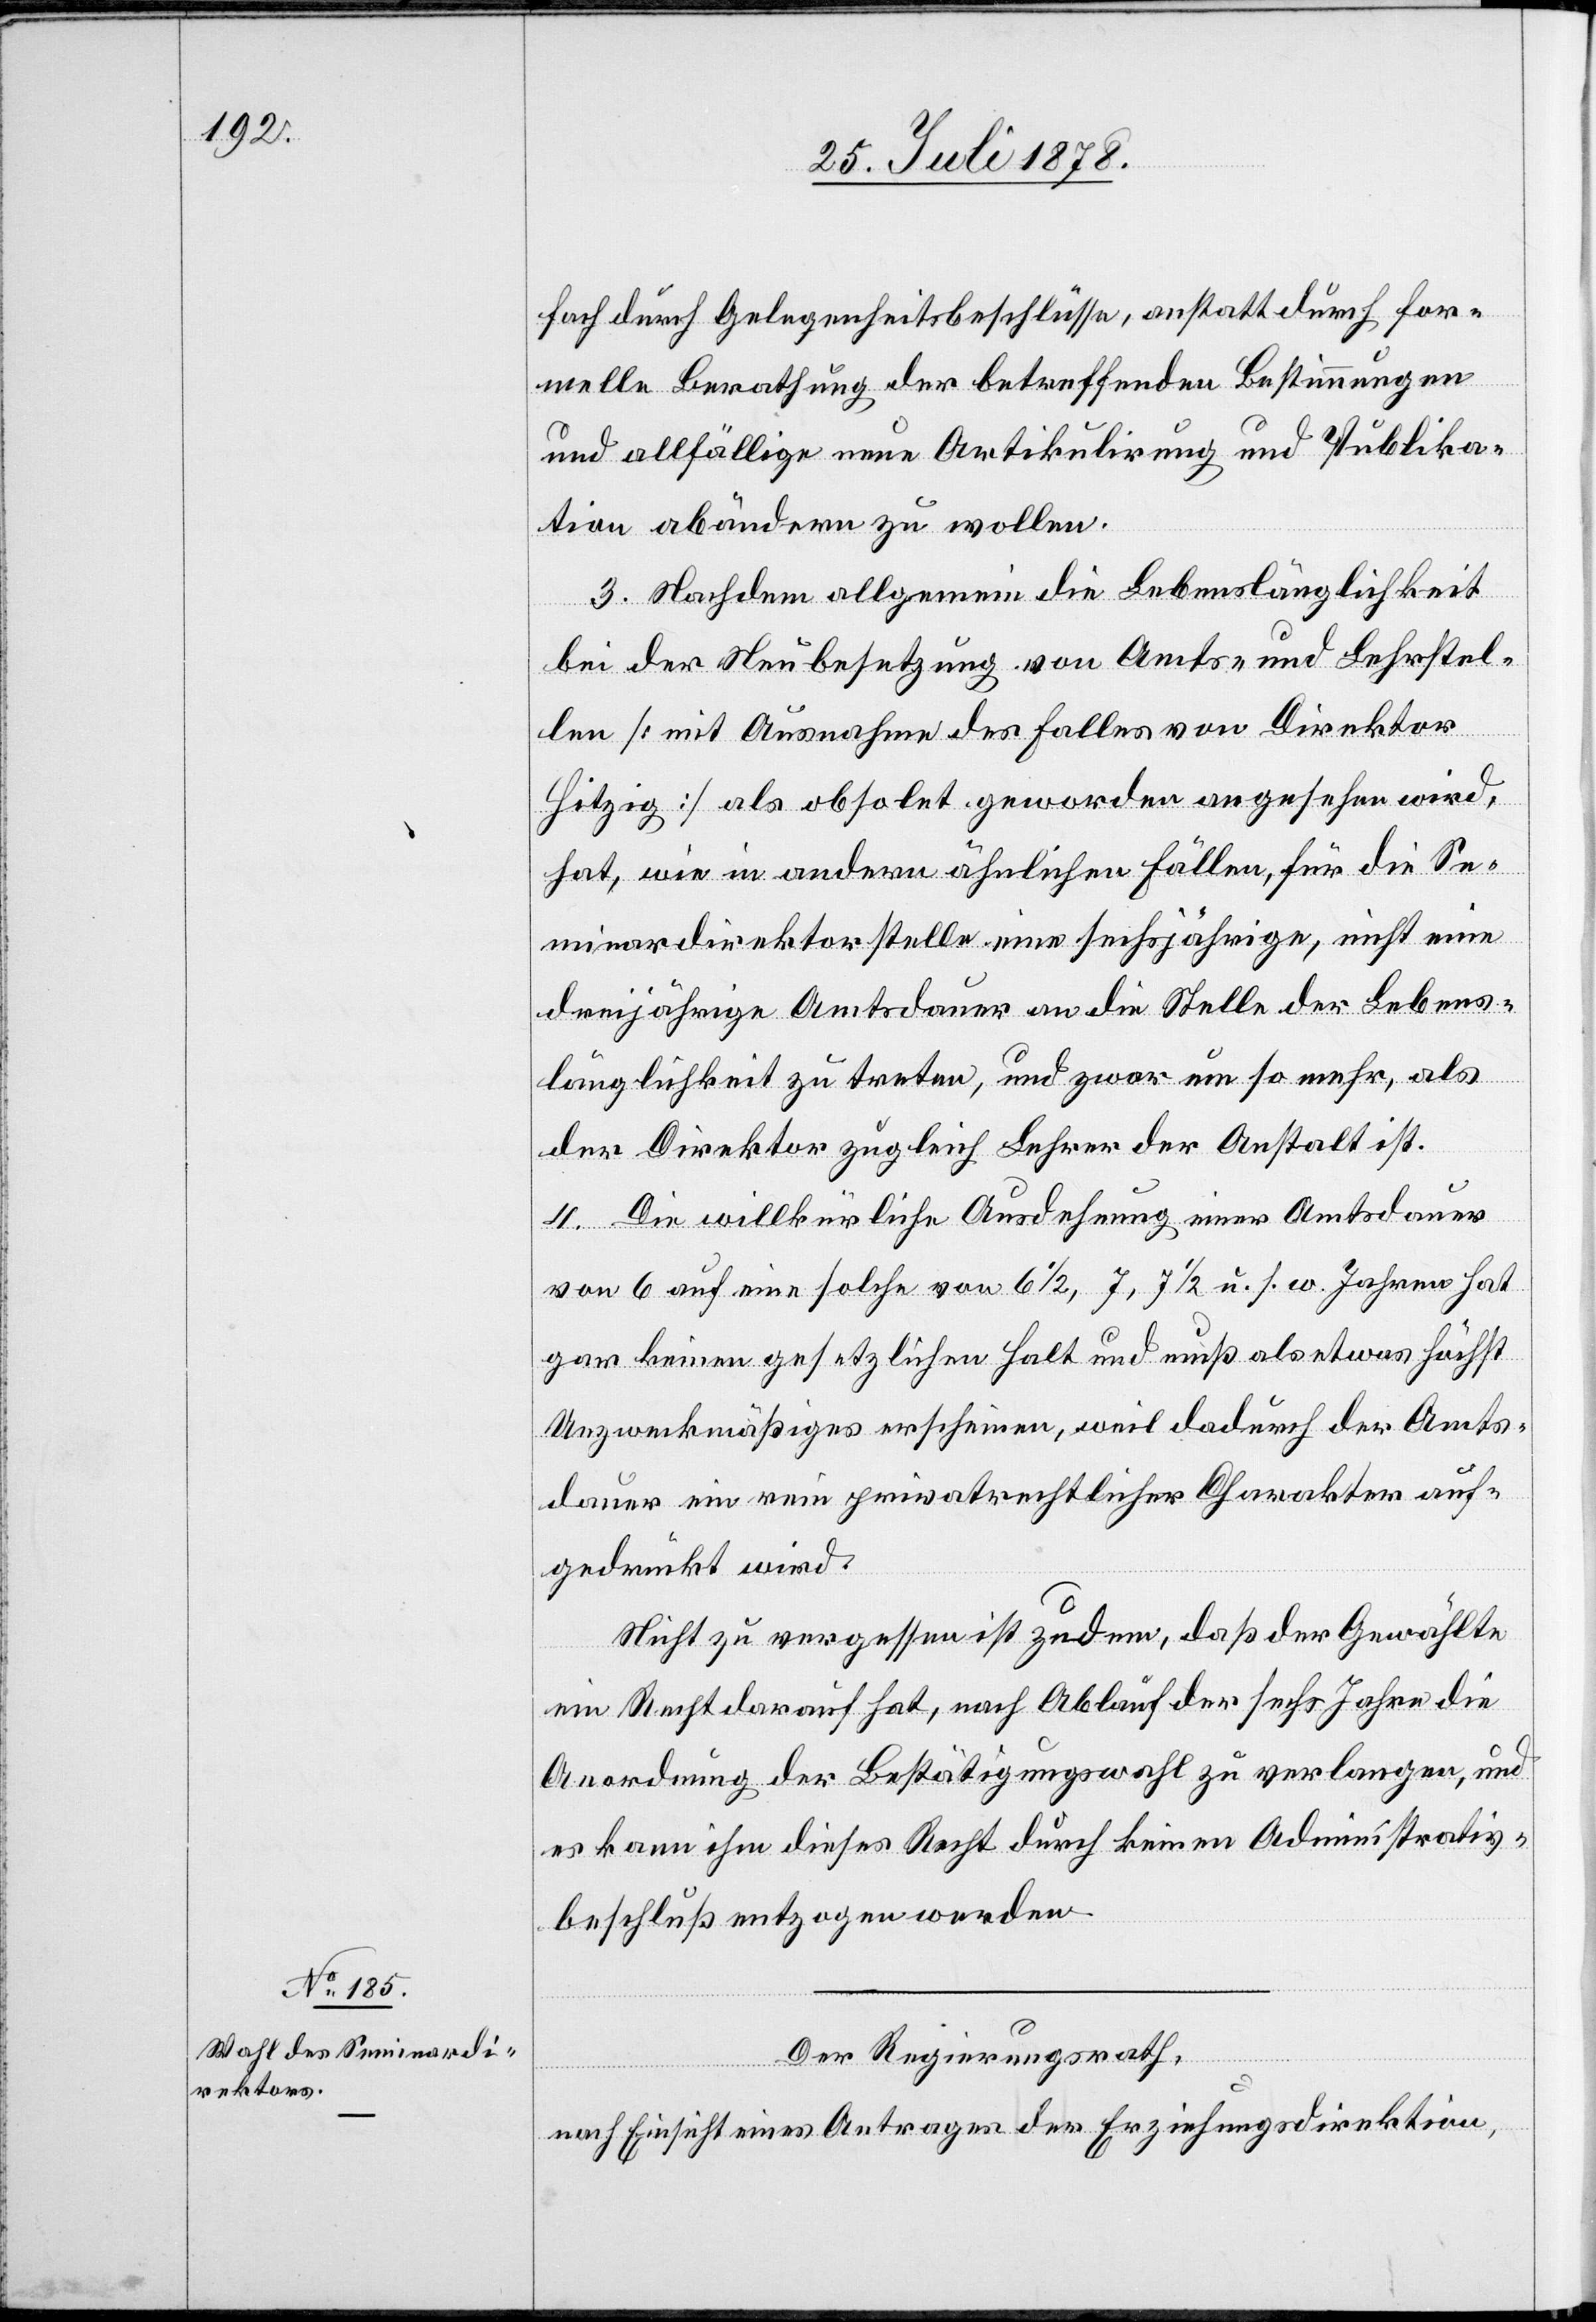
fach durch Gelegenheitsbeschlüsse, anstatt durch for¬
melle Berathung der betreffenden Bestimmungen
und allfällige neue Artikulirung und Publika¬
tion abändern zu wollen.
3. Nachdem allgemein die Lebenslänglichkeit
bei der Neubesetzung von Amts- und Lehrstel¬
len [mit Ausnahme des Falles von Direktor
Hitzig] als obsolet geworden angesehen wird,
hat, wie in andern ähnlichen Fällen, für die Se¬
minardirektorstelle eine sechsjährige, nicht eine
dreijährige Amtsdauer an die Stelle der Lebens¬
länglichkeit zu treten, und zwar um so mehr, als
der Direktor zugleich Lehrer der Anstalt ist.
4. Die willkürliche Ausdehnung einer Amtsdauer
von 6 auf eine solche von 6 1/2, 7, 7 1/2 u. s. w. Jahren hat
gar keinen gesetzlichen Halt und muß als etwas höchst
Unzweckmäßiges erscheinen, weil dadurch der Amts¬
dauer ein rein privatrechtlicher Charakter auf¬
gedrückt wird.
Nicht zu vergessen ist zudem, daß der Gewählte
ein Recht darauf hat, nach Ablauf der sechs Jahre die
Anordnung der Bestätigungswahl zu verlangen, und
es kann ihm dieses Recht durch keinen Administrativ¬
beschluß entzogen werden.
Der Regierungsrath,
nach Einsicht eines Antrages der Erziehungsdirektion,